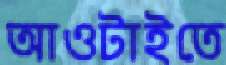
আওটাইতে